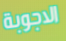
الاجوبة